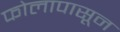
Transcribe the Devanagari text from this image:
फोलापासून